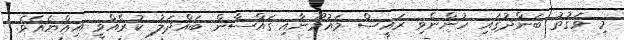
މި ވަގުތު ބަންދުގައި ހުންނެވި ރައީސް މައުމޫނާއި ގައްސާން ބައްދަލު ކުރެއްވީ އިއްޔެއެވެ.